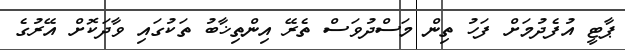
ޕާޓީ އުފެދުމަށް ފަހު ތިން މަސްދުވަސް ތެރޭ އިންތިޚާބު ތަކުގައި ވާދަކޮށް އޭރުގެ